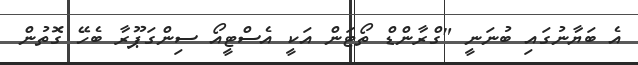
އެ ބަޔާނުގައި ބުނަނީ "ގްރާންޑް ތޯޓަން އަކީ އެސްޓީއޯ ސިންގަޕޫރާ ބެހޭ ގޮތުން